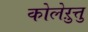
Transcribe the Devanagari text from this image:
कोलेऱुत्तु